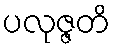
ပလုဇ္ဇတိ